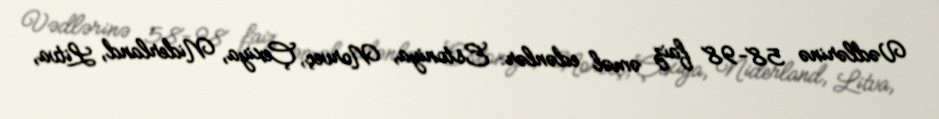
Vədlərinə 58-98 faiz əməl edənlər: Estoniya, Norveç, Çexiya, Niderland, Litva,